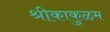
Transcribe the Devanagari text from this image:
श्रीकाकुळम